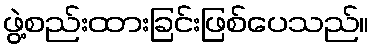
ဖွဲ့စည်းထားခြင်းဖြစ်ပေသည်။